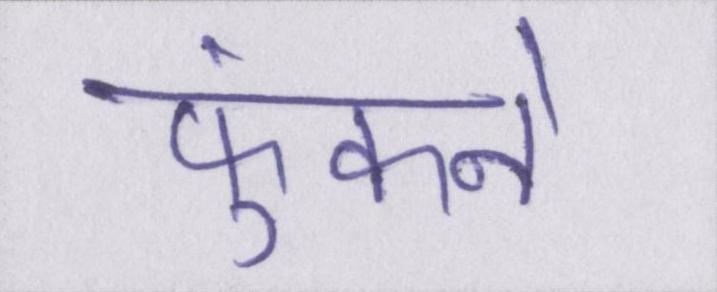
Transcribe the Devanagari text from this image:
फुंकने